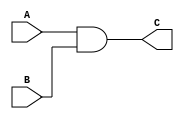
`timescale 1ns / 1ps
//////////////////////////////////////////////////////////////////////////////////
// Company: 
// Engineer: 
// 
// Design Name: 
// Module Name: assign1
// Project Name: 
// Target Devices: 
// Tool Versions: 
// Description: 
// 
// Dependencies: 
// 
// Revision:
// Revision 0.01 - File Created
// Additional Comments:
// 
//////////////////////////////////////////////////////////////////////////////////


module assign1(
    input A,
    input B,
    output C
    );
    assign C=A&B;    
endmodule